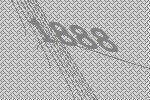
1888